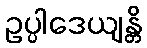
ဥပ္ပါဒေယျန္တိ